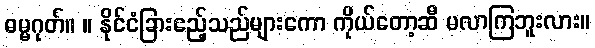
ဓမ္မဂုတ်။ ။ နိုင်ငံခြားဧည့်သည်များကော ကိုယ်တော့ဆီ မလာကြဘူးလား။